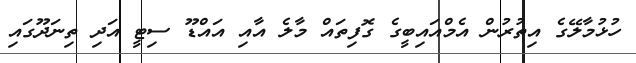
ހުޅުމާލޭގެ އިތުރުން އެމްއައިބީގެ ގޮފިތައް މާލެ އާއި އައްޑޫ ސިޓީ އަދި ތިނަދޫގައި